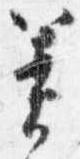
簀